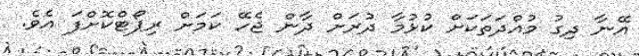
އޭނާ ދިގު މުއްދަތަކަށް ކުޅުމާ ދުރަށް ދާން ޖެހޭ ކަމަށް ރިޕޯޓްކޮށްފަ އެވެ.